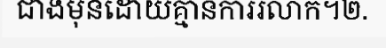
ជាងមុនដោយគ្មានការរលាក។២.